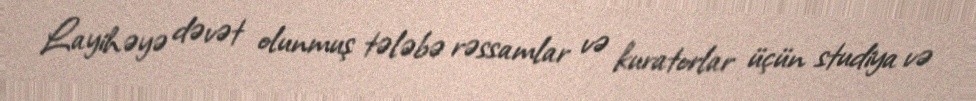
Layihəyə dəvət olunmuş tələbə rəssamlar və kuratorlar üçün studiya və